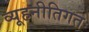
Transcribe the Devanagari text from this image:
व्यूहनीतिगत